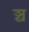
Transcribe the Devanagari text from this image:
ञ्च